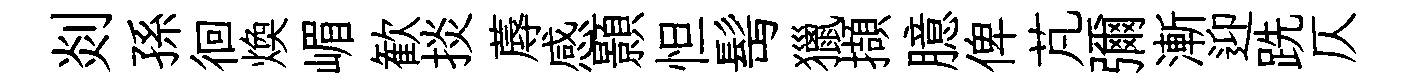
剡孫徊煥嵋歓掞蓐感顥怛髩獵擷臆俾芃彌漸迎跣仄